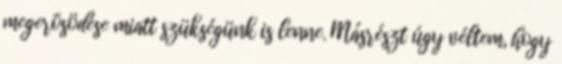
megerõsödése miatt szükségünk is lenne. Másrészt úgy véltem, hogy